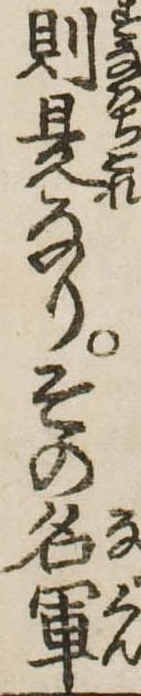
則是なりその名軍